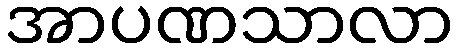
အာပဏသာလာ